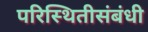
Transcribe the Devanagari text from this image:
परिस्थितीसंबंधी